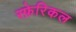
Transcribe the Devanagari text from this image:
स्फ़ेरिकल